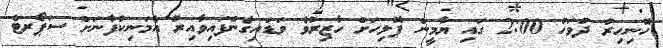
ހޮނިހިރު ދުވަހު 2:00 ގައި ޔާމީން ޕޮލިހަށް ހާޒިރުވެ ވަޑައިގެންފައިވާއިރު އެމަނިކުފާނަށް ސަޕޯރޓް